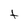
Character: t